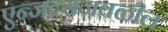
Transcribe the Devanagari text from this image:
एन्जल्सजवळील